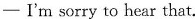
---lI'm sorry to hear that.